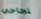
نجاحي